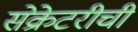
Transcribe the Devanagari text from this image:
सेक्रेटरीची